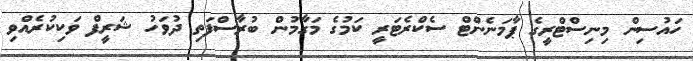
ހައުސިން މިނިސްޓްރީގެ ޕާމަނެންޓް ސެކްރެޓަރީ ކަމުގެ މަގާމުން ބުރާސްފަތި ދުވަހު ޝަރީފް ވަކިކުރެއްވި